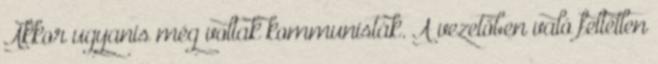
Akkor ugyanis még voltak kommunisták. A vezetőben való feltétlen